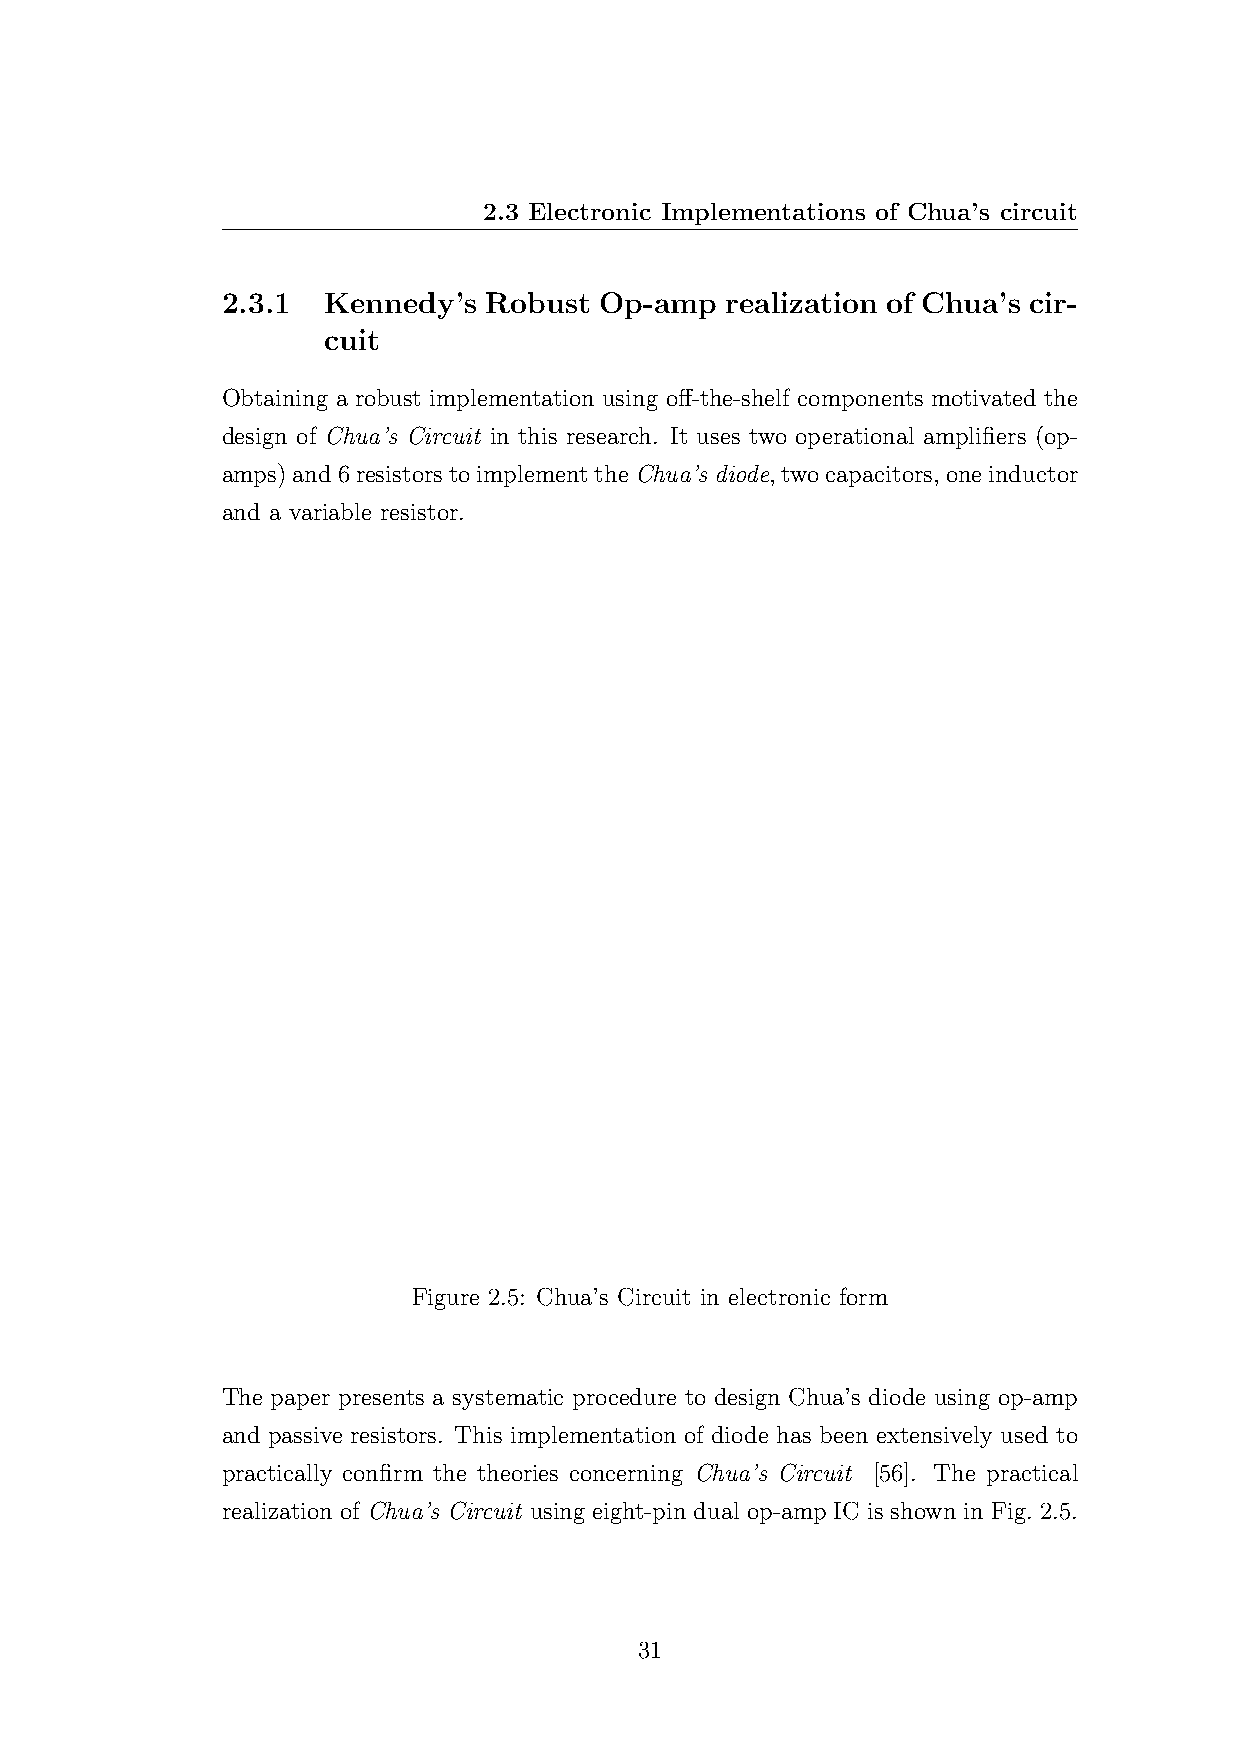
2.3 Electronic Implementations of Chua’s circuit
 2.3.1 Kennedy’s  Robust  Op-amp  realization of Chua’s cir-
 cuit
 Obtaining a robust implementation using off-the-shelf components motivated the
 design of Chua’s Circuit in this research. It uses two operational amplifiers (op-
 amps)and6resistorstoimplementtheChua’s diode, twocapacitors, oneinductor
 and a variable resistor.
 Figure 2.5: Chua’s Circuit in electronic form
 The paper presents a systematic procedure to design Chua’s diode using op-amp
 and passive resistors. This implementation of diode has been extensively used to
 practically confirm the theories concerning Chua’s Circuit [56]. The practical
 realization of Chua’s Circuit using eight-pin dual op-amp IC is shown in Fig. 2.5.
 31